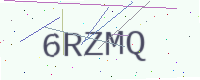
Text: 6RZMQ